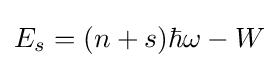
E_{s}=(n+s)\hbar \omega -W